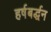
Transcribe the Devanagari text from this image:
हर्षबर्द्धन